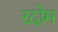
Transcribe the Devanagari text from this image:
रदोम